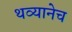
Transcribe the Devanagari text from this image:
थव्यानेच